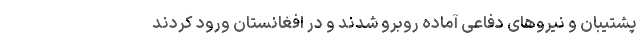
پشتیبان و نیروهای دفاعی آماده روبرو شدند و در افغانستان ورود کردند